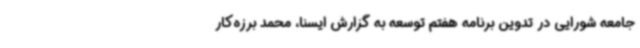
جامعه شورایی در تدوین برنامه هفتم توسعه به گزارش ایسنا، محمد برزه‌کار